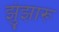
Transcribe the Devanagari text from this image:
झुंझारू